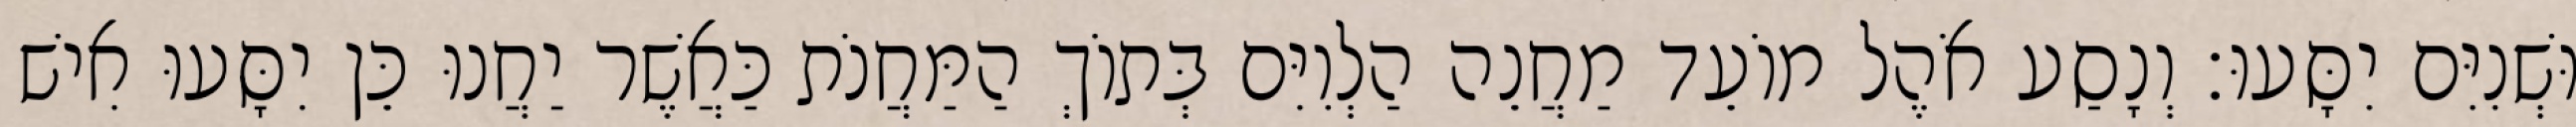
וּשְׁנִיִּם יִסָּעוּ׃ וְנָסַע אֹהֶל מוֹעֵד מַחֲנֵה הַלְוִיִּם בְּתוֹךְ הַמַּחֲנֹת כַּאֲשֶׁר יַחֲנוּ כֵּן יִסָּעוּ אִישׁ